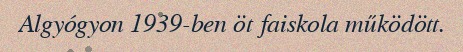
Algyógyon 1939-ben öt faiskola működött.